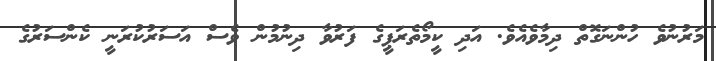
މަރުނުވެ ހުންނަގޮތް ދިމާވެއެވެ. އަދި ކީމޯތެރަޕީގެ ފަރުވާ ދިނުމުން ވެސް އަސަރުކުރަނީ ކެންސަރުގެ